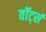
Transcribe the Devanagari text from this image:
वॉर्ट्स